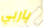
ياربي